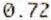
0.72